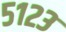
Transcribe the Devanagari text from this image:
५१२३